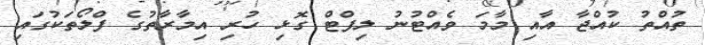
ތުއްތު ކުއްޖާ އާއި މާމަ ވެއްޓުނު ލިފްޓް ގޮޅި ހުރި އިމާރާތުގެ ފްލޯތަކުގައި